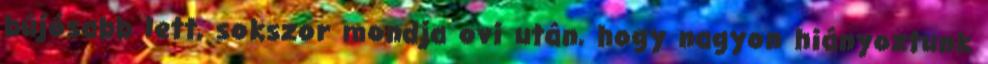
bújósabb lett, sokszor mondja ovi után, hogy nagyon hiányoztunk